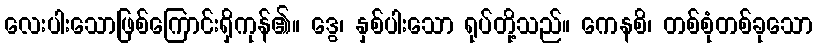
လေးပါးသောဖြစ်ကြောင်းရှိကုန်၏။ ဒွေ၊ နှစ်ပါးသော ရုပ်တို့သည်။ ကေနစိ၊ တစ်စုံတစ်ခုသော